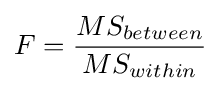
F={\frac {MS_{between}}{MS_{within}}}